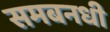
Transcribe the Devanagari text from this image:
समबनधी